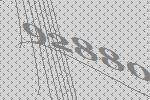
92880